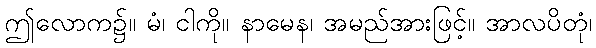
ဤလောက၌။ မံ၊ ငါကို။ နာမေန၊ အမည်အားဖြင့်။ အာလပိတုံ၊